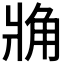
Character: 𧢼